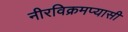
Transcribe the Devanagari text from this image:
नीरविक्रमप्यासी